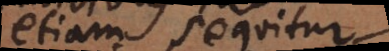
etiam sequitur